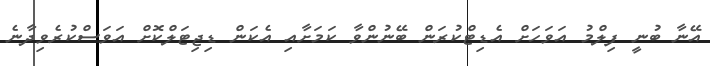
އޭނާ ބުނީ ފިލްމު އަވަހަށް އެޑިޓްކުރަން ބޭނުންވާ ކަމަށާއި އެކަން ޑިޖިޓަލްކޮށް އަވަސްކުރެވިދާނެ